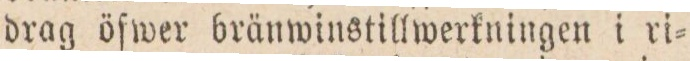
drag öfwer bränwinstillwerkningen i ri=